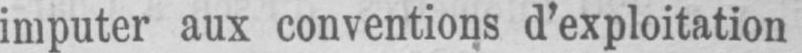
imputer aux conventions d’exploitation